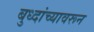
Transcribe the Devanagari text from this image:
बुध्दांच्यावरून